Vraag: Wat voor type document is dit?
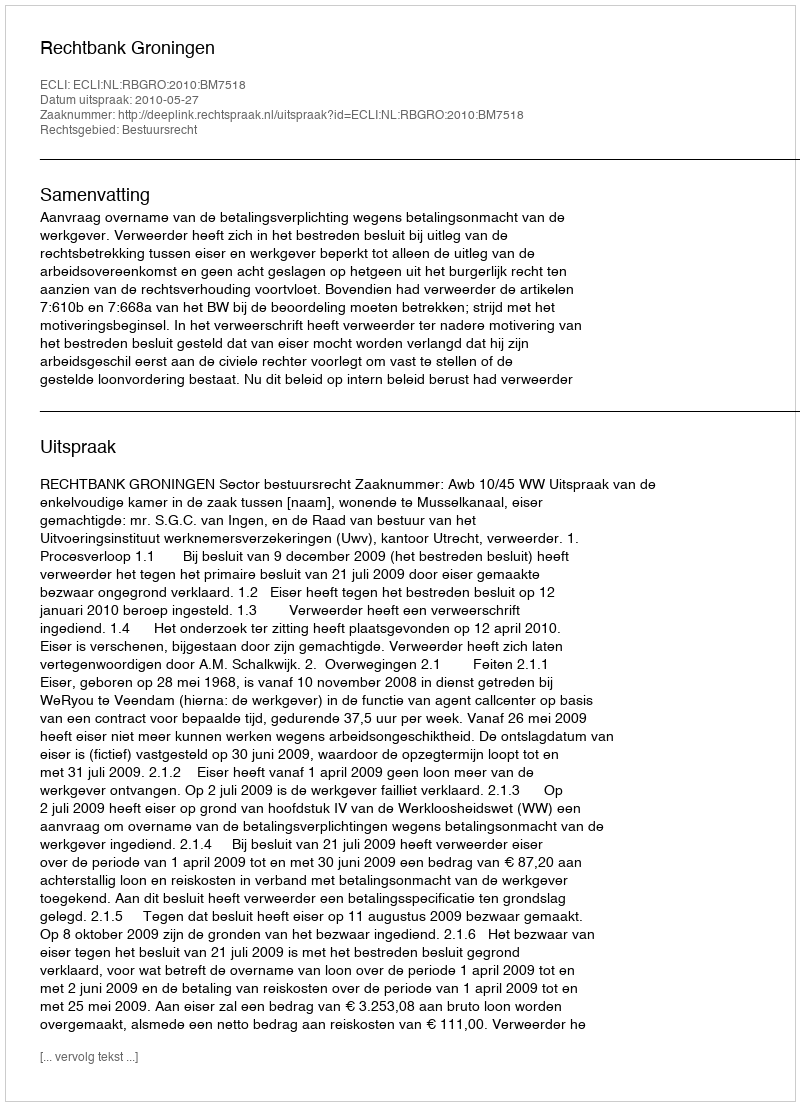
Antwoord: Uitspraak